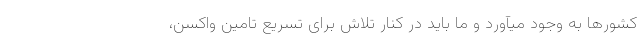
کشورها به وجود میآورد و ما باید در کنار تلاش برای تسریع تامین واکسن،